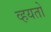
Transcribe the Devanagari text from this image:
व्हयतो